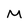
Character: M